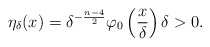
\begin{align*}\eta_\delta(x)=\delta^{-\frac{n-4}{2}}\varphi_0\left(\frac{x}{\delta}\right)\delta>0.\end{align*}